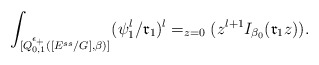
\begin{align*}\int_{[Q^{\epsilon_{+}}_{0,1}([E^{ss}/G],\beta)]^{}}({\psi}^l_1/\mathfrak{r}_1)^l=_{z=0}(z^{l+1}I_{\beta_0}(\mathfrak{r}_1z)).\end{align*}